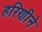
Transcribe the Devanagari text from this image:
हरिणीने